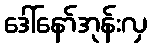
ဒေါ်နော်အုန်းလှ